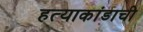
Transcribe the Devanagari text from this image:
हत्याकांडाची